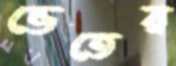
ভেতের